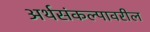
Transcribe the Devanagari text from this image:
अर्थसंकल्पावरील